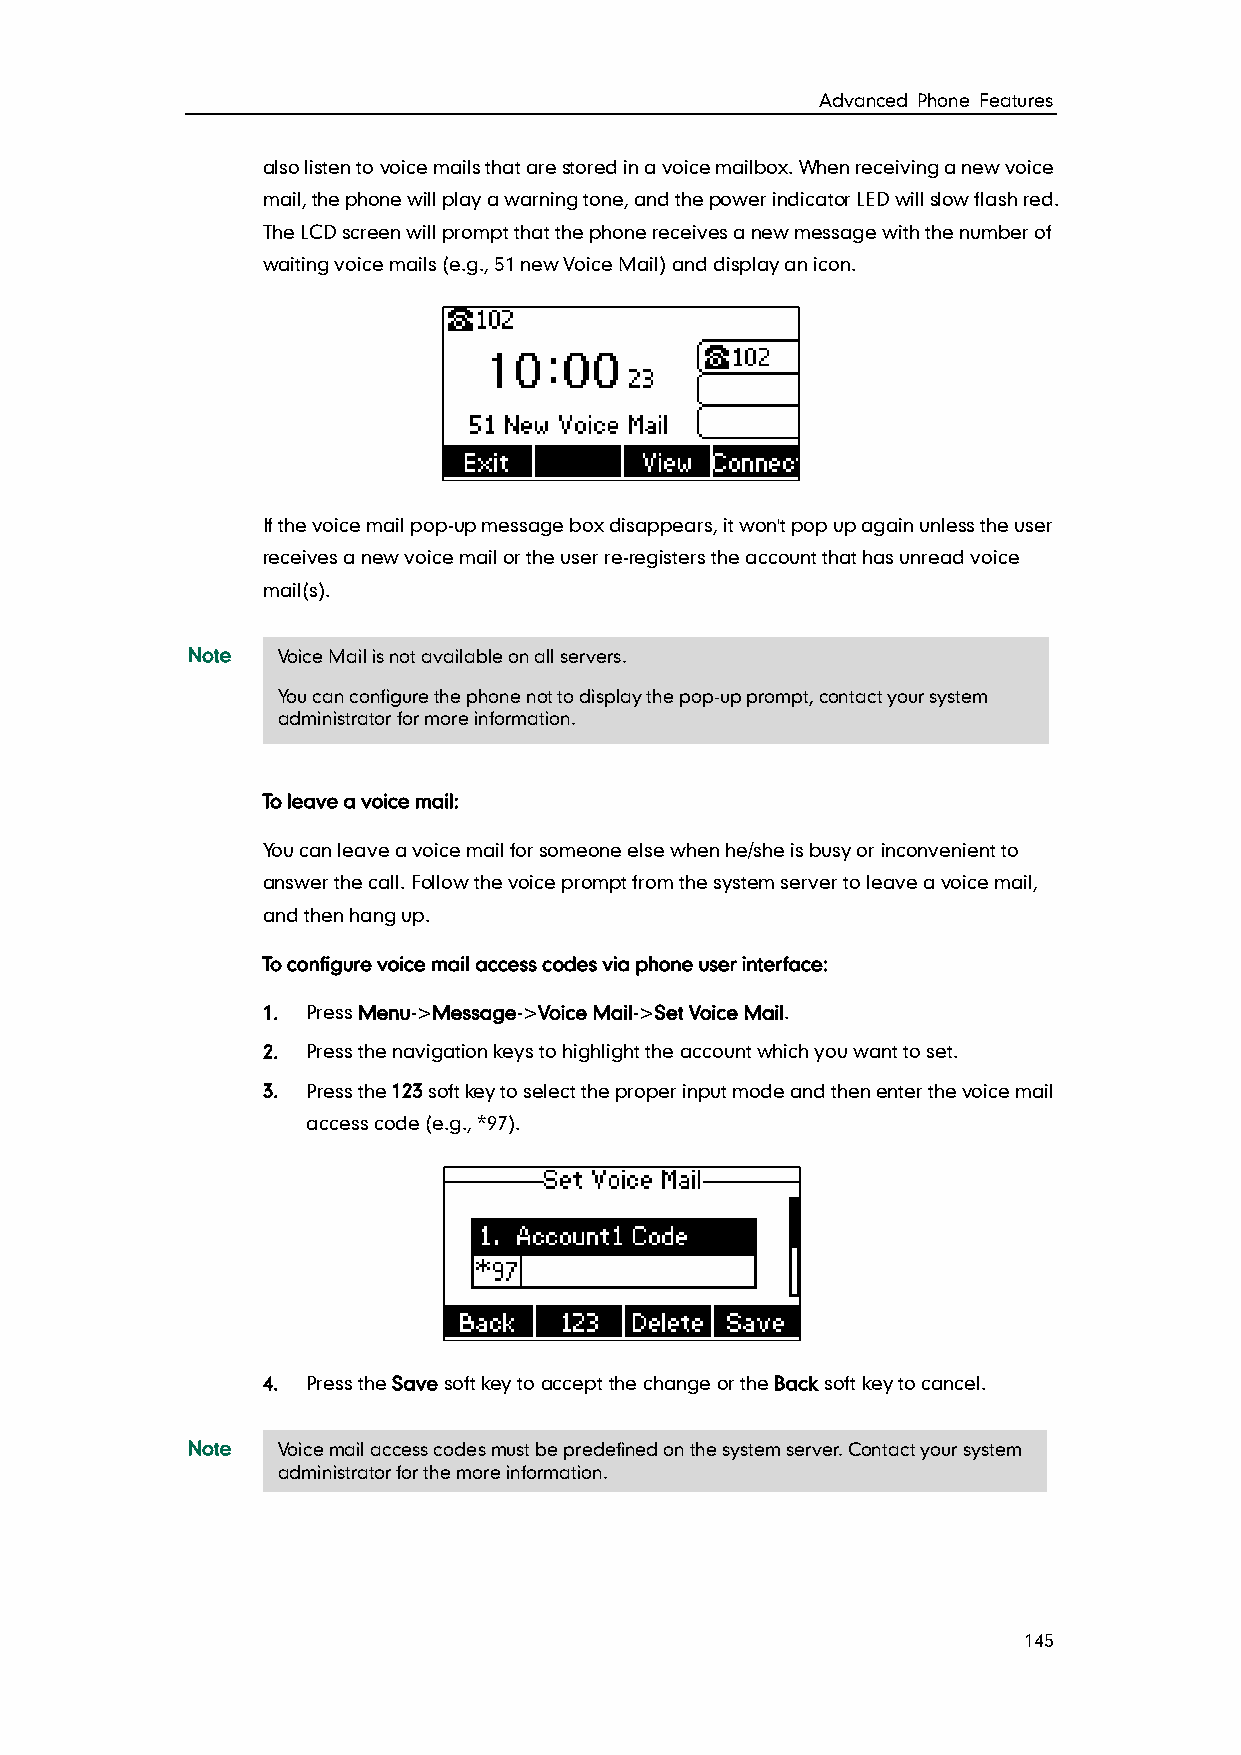
Advanced Phone Features
 also listen to voice mails that are stored in a voice mailbox. When receiving a new voice
 mail, the phone will play a warning tone, and the power indicator LED will slow flash red.
 The LCD screen will prompt that the phone receives a new message with the number of
 waiting voice mails (e.g., 51 new Voice Mail) and display an icon.
 If the voice mail pop-up message box disappears, it won't pop up again unless the user
 receives a new voice mail or the user re-registers the account that has unread voice
 mail(s).
 Note  Voice Mail is not available on all servers.
 You can configure the phone not to display the pop-up prompt, contact your system
 administrator for more information.
 To leave a voice mail:
 You can leave a voice mail for someone else when he/she is busy or inconvenient to
 answer the call. Follow the voice prompt from the system server to leave a voice mail,
 and then hang up.
 To configure voice mail access codes via phone user interface:
 1. Press Menu->Message->Voice Mail->Set Voice Mail.
 2. Press the navigation keys to highlight the account which you want to set.
 3. Press the 123 soft key to select the proper input mode and then enter the voice mail
 access code (e.g., *97).
 4. Press the Save soft key to accept the change or the Back soft key to cancel.
 Note  Voice mail access codes must be predefined on the system server. Contact your system
 administrator for the more information.
 145